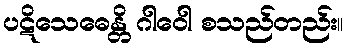
ပဋိသေဓေန္တိ ဂါဝေါ စသည်တည်း။